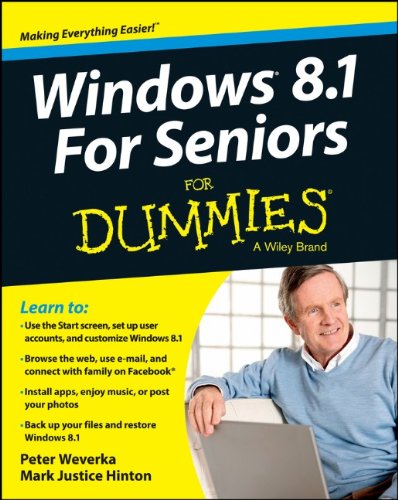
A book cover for Windows 8.1 For Seniors For Dummies; Peter Weverka; Computers & Technology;